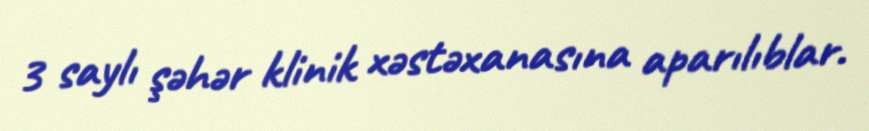
3 saylı şəhər klinik xəstəxanasına aparılıblar.